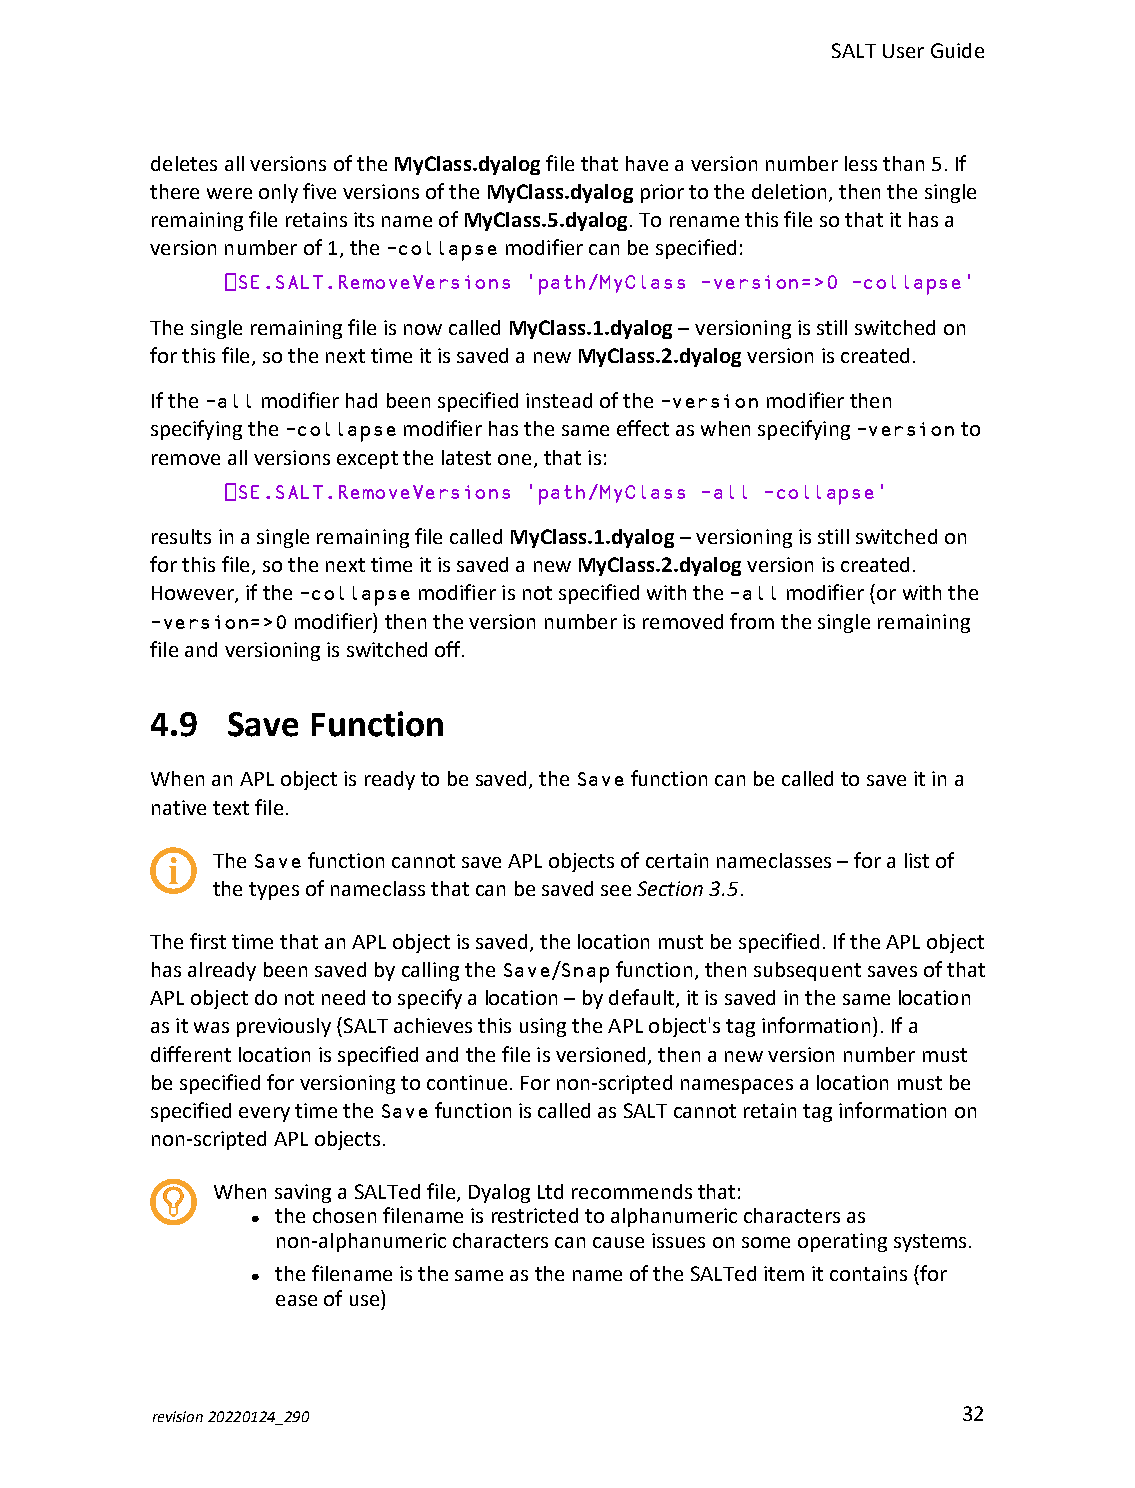
SALTUserGuide
 deletesallversionsoftheMyClass.dyalogfilethathaveaversionnumberlessthan5.If
 therewereonlyfiveversionsoftheMyClass.dyalogpriortothedeletion,thenthesingle
 remainingfileretainsitsnameofMyClass.5.dyalog.Torenamethisfilesothatithasa
 versionnumberof1,the-collapsemodifiercanbespecified:
 ⎕SE.SALT.RemoveVersions 'path/MyClass -version=>0 -collapse'
 ThesingleremainingfileisnowcalledMyClass.1.dyalog–versioningisstillswitchedon
 forthisfile,sothenexttimeitissavedanewMyClass.2.dyalogversioniscreated.
 Ifthe-allmodifierhadbeenspecifiedinsteadofthe-versionmodifierthen
 specifyingthe-collapsemodifierhasthesameeffectaswhenspecifying-versionto
 removeallversionsexceptthelatestone,thatis:
 ⎕SE.SALT.RemoveVersions 'path/MyClass -all -collapse'
 resultsinasingleremainingfilecalledMyClass.1.dyalog–versioningisstillswitchedon
 forthisfile,sothenexttimeitissavedanewMyClass.2.dyalogversioniscreated.
 However,ifthe-collapsemodifierisnotspecifiedwiththe-allmodifier(orwiththe
 -version=>0modifier)thentheversionnumberisremovedfromthesingleremaining
 fileandversioningisswitchedoff.
 4.9  Save Function
 WhenanAPLobjectisreadytobesaved,theSavefunctioncanbecalledtosaveitina
 nativetextfile.
 TheSavefunctioncannotsaveAPLobjectsofcertainnameclasses–foralistof
 thetypesofnameclassthatcanbesavedseeSection 3.5.
 ThefirsttimethatanAPLobjectissaved,thelocationmustbespecified.IftheAPLobject
 hasalreadybeensavedbycallingtheSave/Snapfunction,thensubsequentsavesofthat
 APLobjectdonotneedtospecifyalocation–bydefault,itissavedinthesamelocation
 asitwaspreviously(SALTachievesthisusingtheAPLobject'staginformation).Ifa
 differentlocationisspecifiedandthefileisversioned,thenanewversionnumbermust
 bespecifiedforversioningtocontinue.Fornon-scriptednamespacesalocationmustbe
 specifiedeverytimetheSavefunctioniscalledasSALTcannotretaintaginformationon
 non-scriptedAPLobjects.
 WhensavingaSALTedfile,DyalogLtdrecommendsthat:
 thechosenfilenameisrestrictedtoalphanumericcharactersas
 l
 non-alphanumericcharacterscancauseissuesonsomeoperatingsystems.
 thefilenameisthesameasthenameoftheSALTeditemitcontains(for
 l
 easeofuse)
 revision20220124_290                                  32